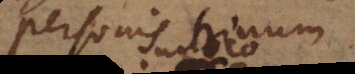
personis trinus